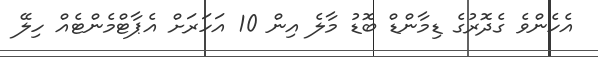
އެހެންވެ ގެދޮރުގެ ޑިމާންޑް ބޮޑު މާލެ އިން 10 އަހަރަށް އެޕާޓްމެންޓެއް ހިލޭ